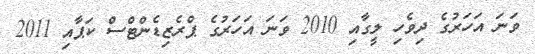
ވަނަ އަހަރުގެ ދިވެހި ލީގާއި 2010 ވަނަ އަހަރުގެ ޕްރެޒިޑެންޓްސް ކަޕާއި 2011